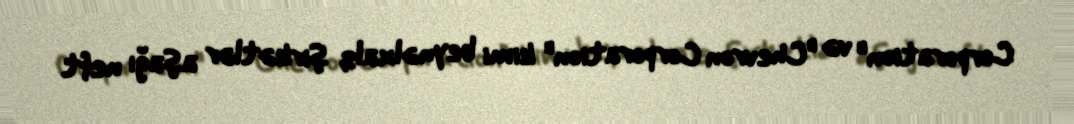
Corporation" və "Chevron Corporation" kimi beynəlxalq şirkətlər aşağı neft